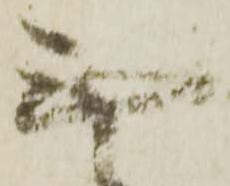
無